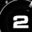
Digit: 2